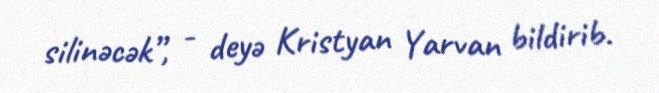
silinəcək”, - deyə Kristyan Yarvan bildirib.